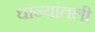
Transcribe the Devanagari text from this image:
धान्यांतली